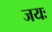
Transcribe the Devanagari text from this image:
जयः